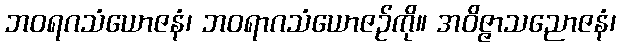
ဘဝရဂသံယောဇနံ၊ ဘဝရာဂသံယောဇဉ်ကို။ အဝိဇ္ဇာသညောဇနံ၊